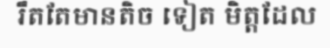
រឹតតែមានតិច ទៀត មិត្តដែល